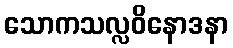
သောကသလ္လဝိနောဒနာ